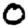
Digit: 0